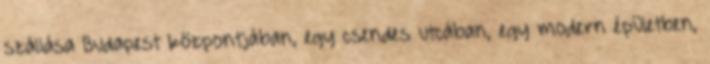
szállása Budapest központjában, egy csendes utcában, egy modern épületben,